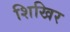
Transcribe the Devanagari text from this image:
शिखिर